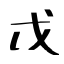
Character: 戊